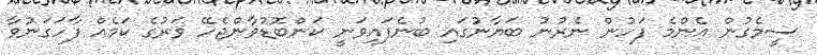
ސީމެގުން އެންމެ ފަހުން ނެރުނު ބަޔާނުގައި ބުނެފައިވަނީ ކަންބޮޑުވާންޖެހޭ ވަރުގެ ކަމެއް ފާހަގަނުވާ